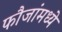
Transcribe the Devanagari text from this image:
फौजांमध्ये